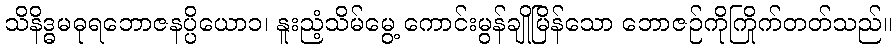
သိနိဒ္ဓမဓုရဘောဇနပ္ပိယော၁၊ နူးညံ့သိမ်မွေ့ ကောင်းမွန်ချိုမြိန်သော ဘောဇဉ်ကိုကြိုက်တတ်သည်။